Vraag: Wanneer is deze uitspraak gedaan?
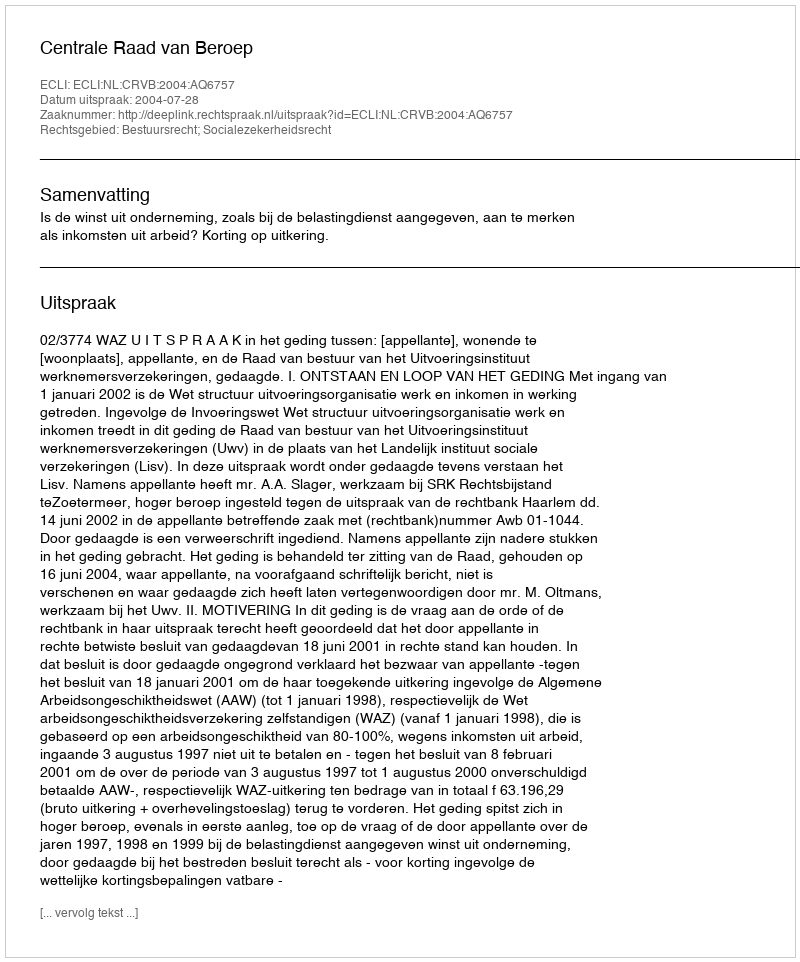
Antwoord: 2004-07-28